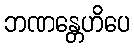
ဘဏန္တေဟိပေ